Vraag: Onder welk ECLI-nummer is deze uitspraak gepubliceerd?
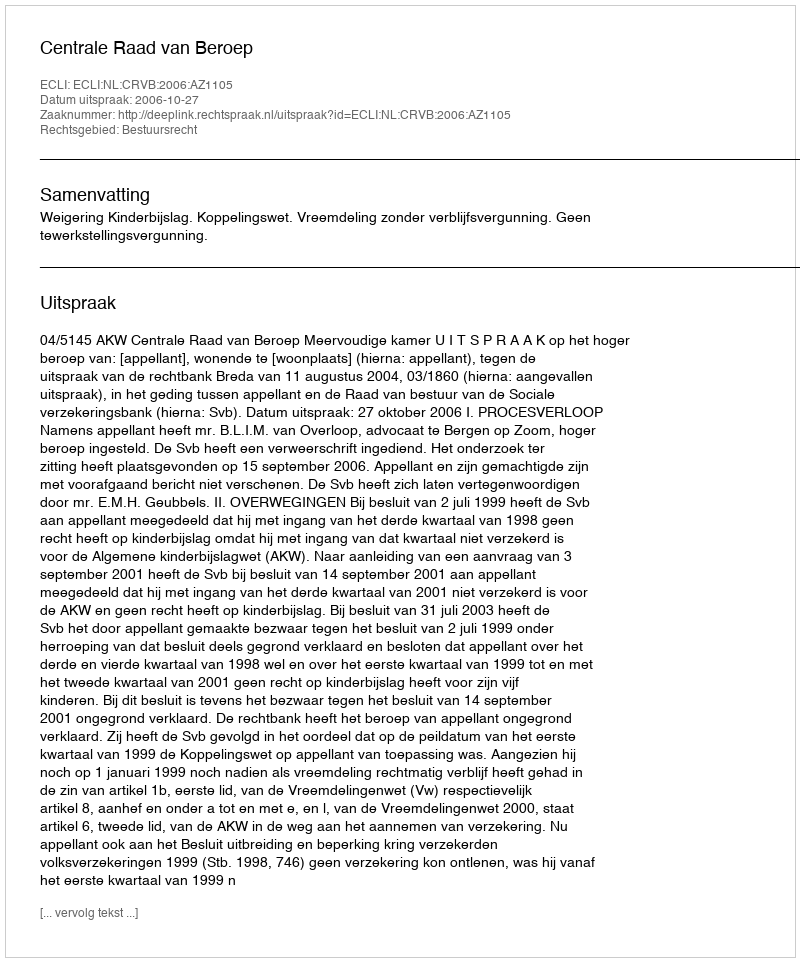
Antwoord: ECLI:NL:CRVB:2006:AZ1105